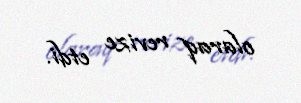
olaraq revize etdi.